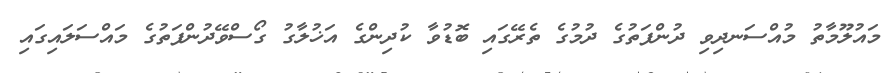
މައުލޫމާތު މުއްސަނދިވި ދުންފަތުގެ ދުމުގެ ތެރޭގައި ބޮޑުވާ ކުދިންގެ އަޚުލާގު ގޯސްވޭދުންފަތުގެ މައްސަލައިގައި